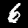
Label: 6